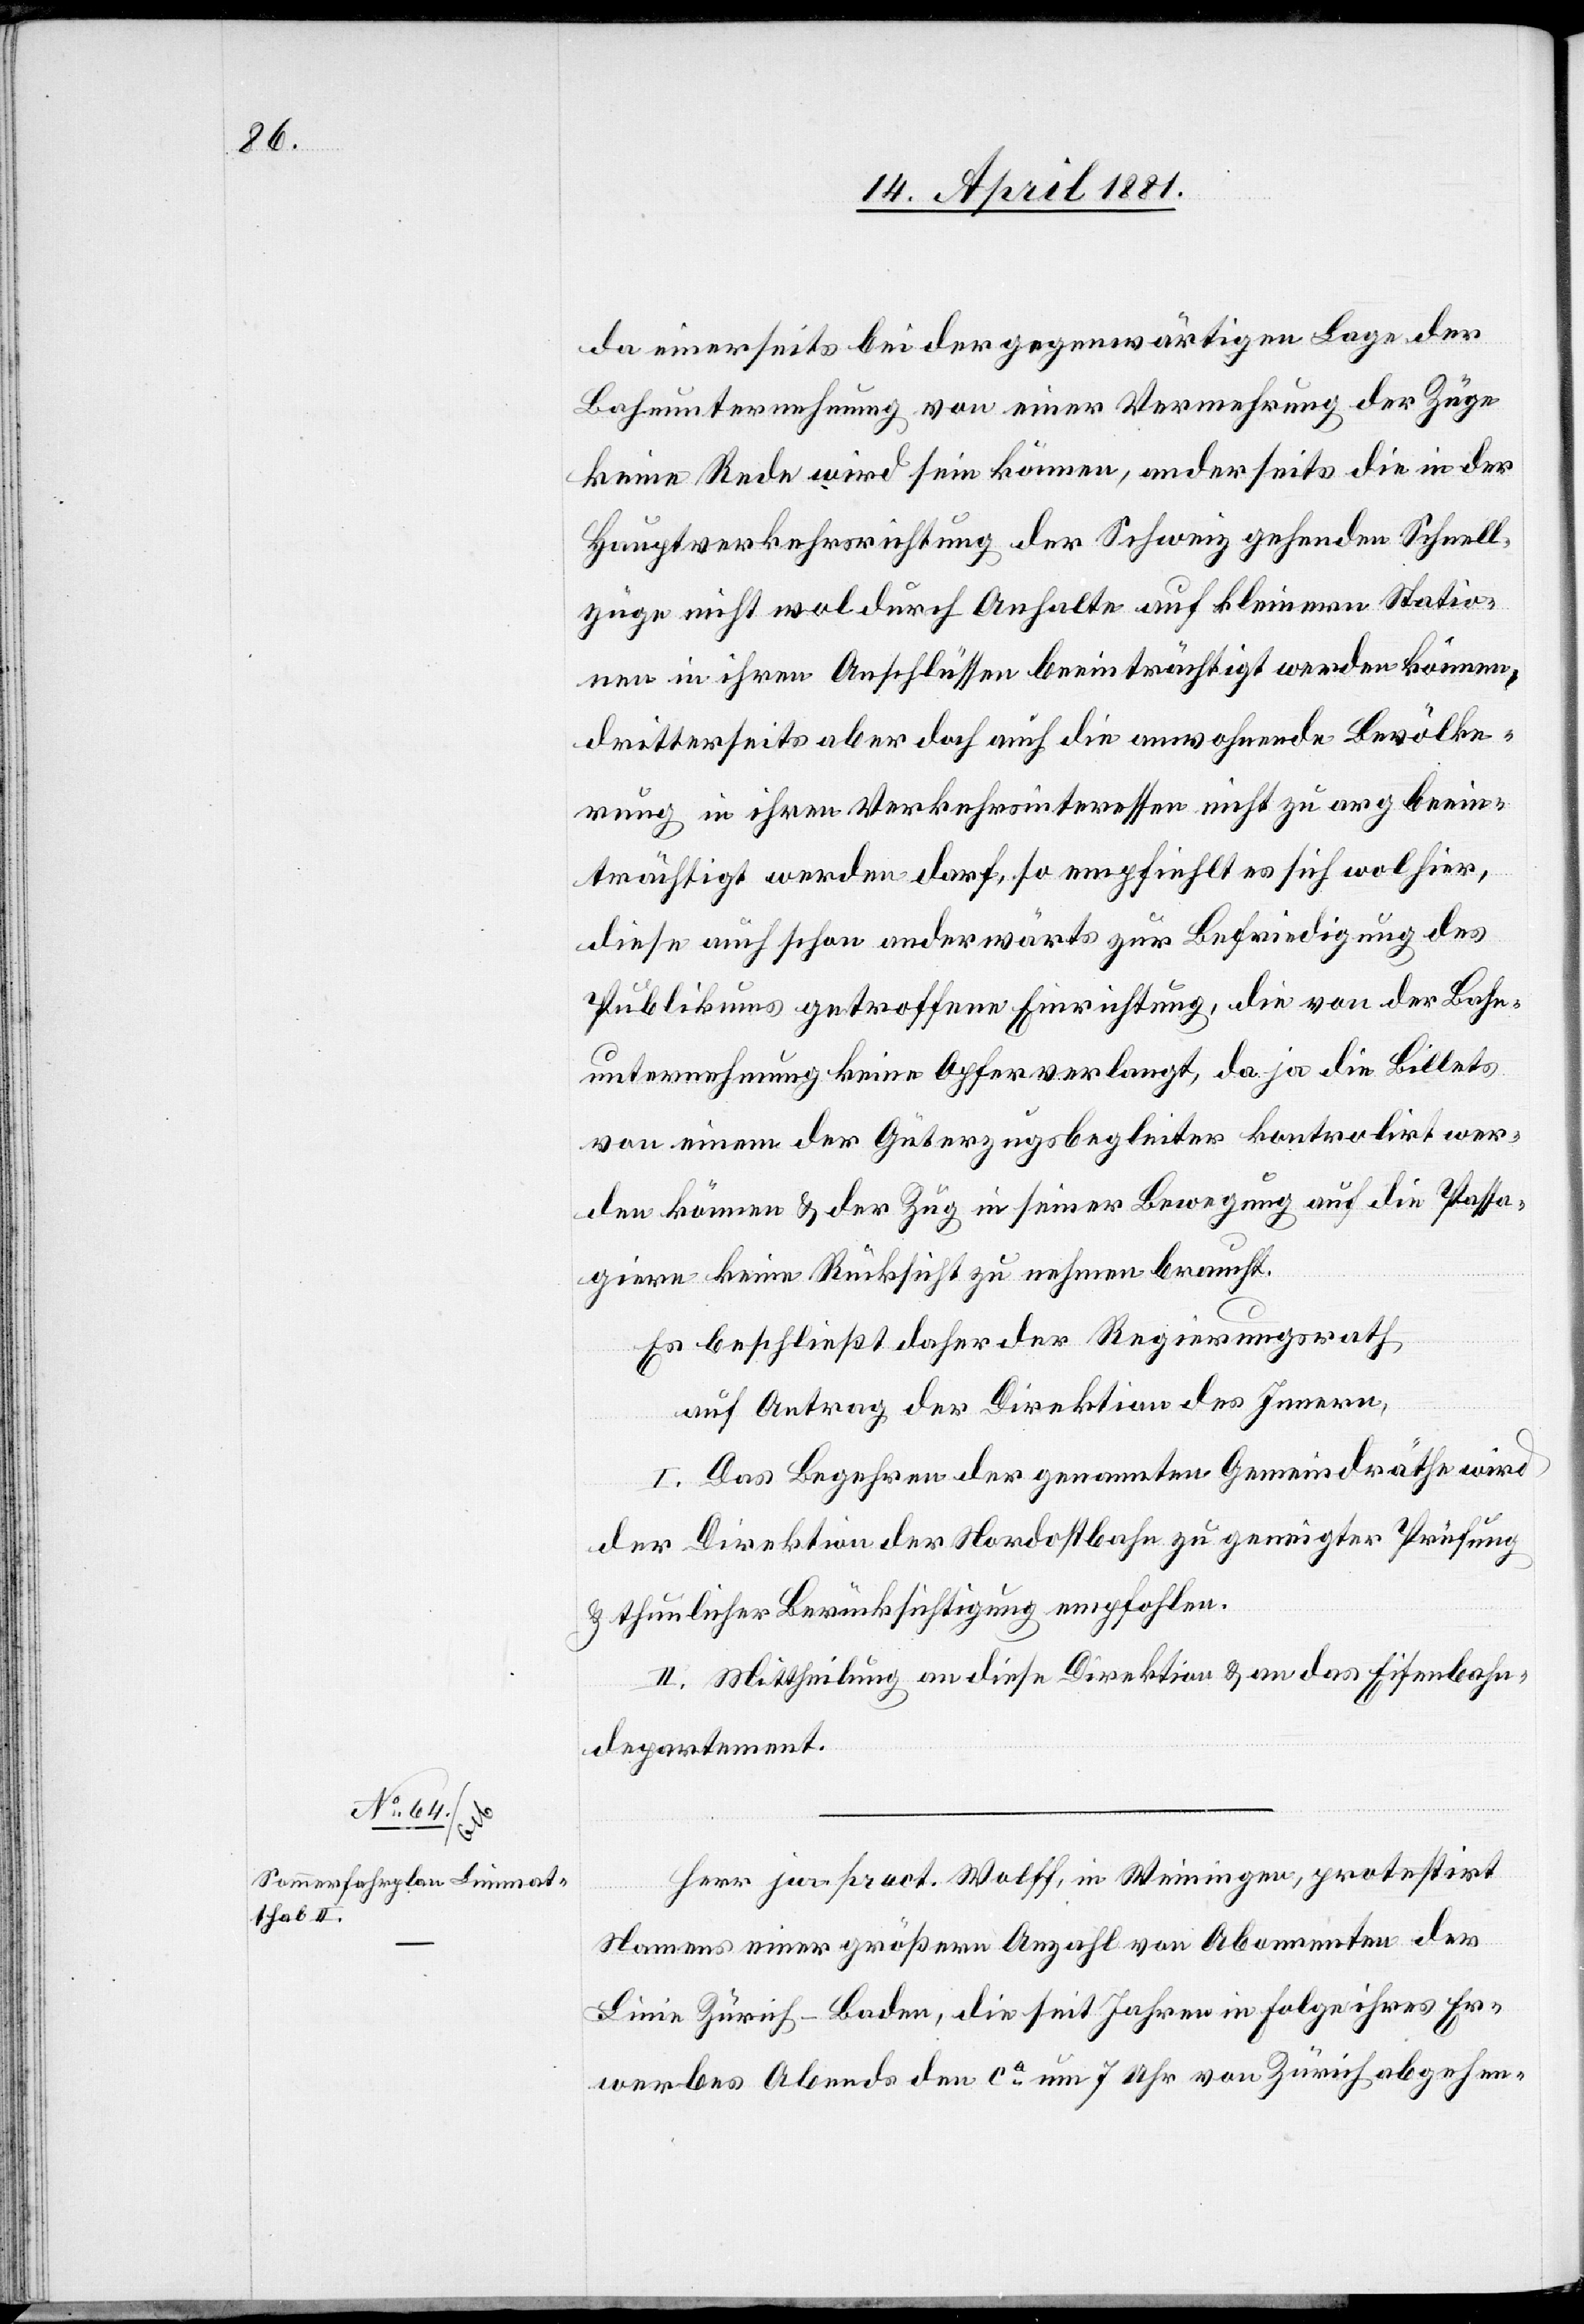
da einerseits bei der gegenwärtigen Lage der
Bahnunternehmung von einer Vermehrung der Züge
keine Rede wird sein können, anderseits die in der
Hauptverkehrsrichtung der Schweiz gehenden Schnell¬
züge nicht mal durch Anhalten auf kleinere Statio¬
nen in ihrem Anschlüssen beeinträchtigt werden können,
dritterseits aber doch auch die anwohnende Bevölke¬
rung in ihren Verkehrsinteressen nicht zu arg beein¬
trächtigt werden darf, so empfiehlt es sich wol hier,
diese auch schon anderwärts zur Befriedigung des
Publikums getroffene Einrichtung, die von der Bahn¬
unternehmung keine Opfer verlangt, da ja die Billets
von einem der Güterzugbegleiter kontrolirt wer¬
den können & der Zug in seiner Bewegung auf die Passa¬
giere keine Rücksicht zu nehmen braucht.
Es beschließt daher der Regierungsrath,
auf Antrag der Direktion des Innern,
I. Das Begehren der genannten Gemeindräthe wird
der Direktion der Nordostbahn zu geneigter Prüfung
& thunlicher Berücksichtigung empfohlen.
II. Mittheilung an diese Direktion & an das Eisenbahn¬
departement.
Herr jur. pract. Wolff, in Weiningen, protestirt
Namens einer größern Anzahl von Abonnenten der
Linie Zürich–Baden, die seit Jahren in Folge ihres Er¬
werbes Abends den ca um 7 Uhr von Zürich abgehen-